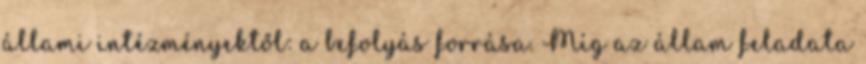
állami intézményektől: a befolyás forrása. Míg az állam feladata